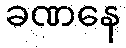
ခဏနေ